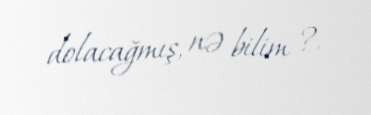
dolacağmış, nə bilim ?.